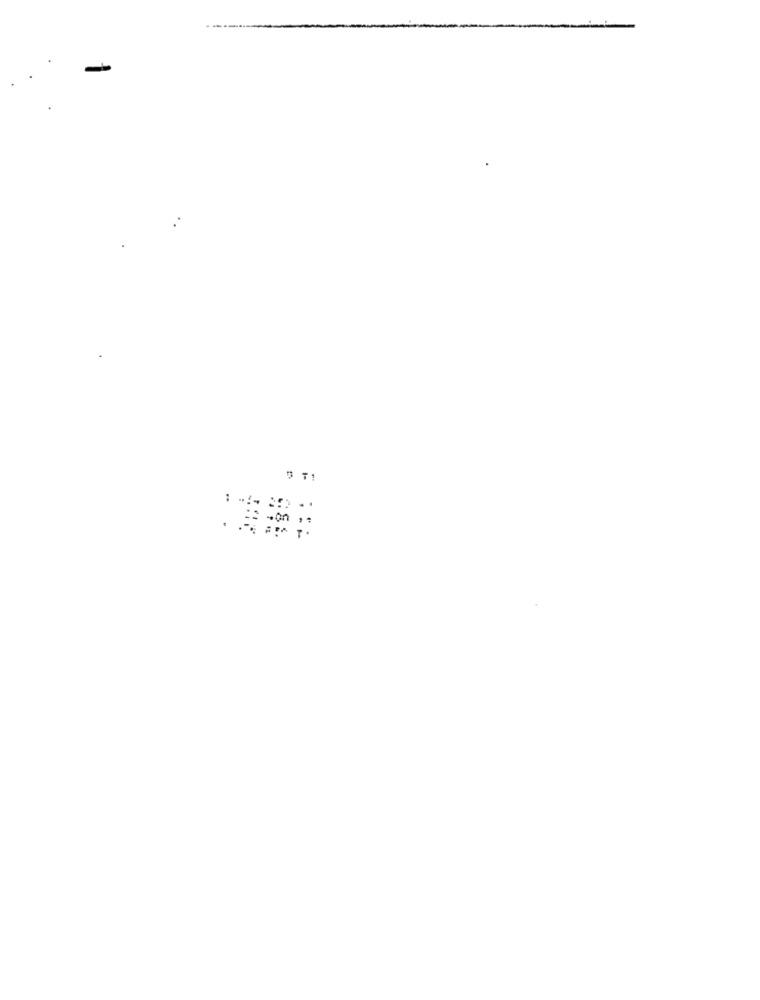
售票: